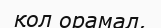
қол орамал,